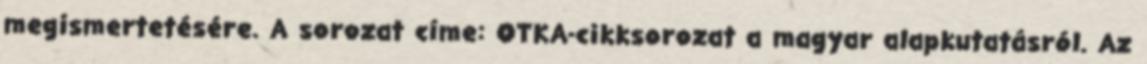
megismertetésére. A sorozat címe: OTKA-cikksorozat a magyar alapkutatásról. Az